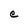
Character: e